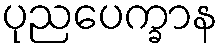
ပုညပေက္ခာန